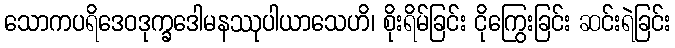
သောကပရိဒေဝဒုက္ခဒေါမနဿုပါယာသေဟိ၊ စိုးရိမ်ခြင်း ငိုကြွေးခြင်း ဆင်းရဲခြင်း